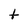
Character: t